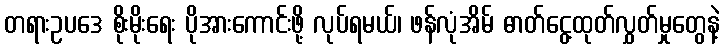
တရားဥပဒေ စိုးမိုးရေး ပိုအားကောင်းဖို့ လုပ်ရမယ်၊ ဖန်လုံအိမ် ဓာတ်ငွေ့ထုတ်လွှတ်မှုတွေနဲ့